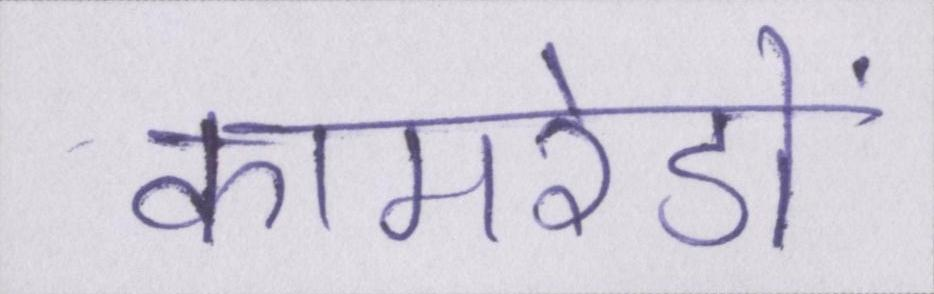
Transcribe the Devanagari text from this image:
कामरेडों